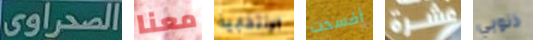
الصحراوى معنا الإنتخابية أفسدت عشرة ذنوبي